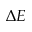
\Delta E